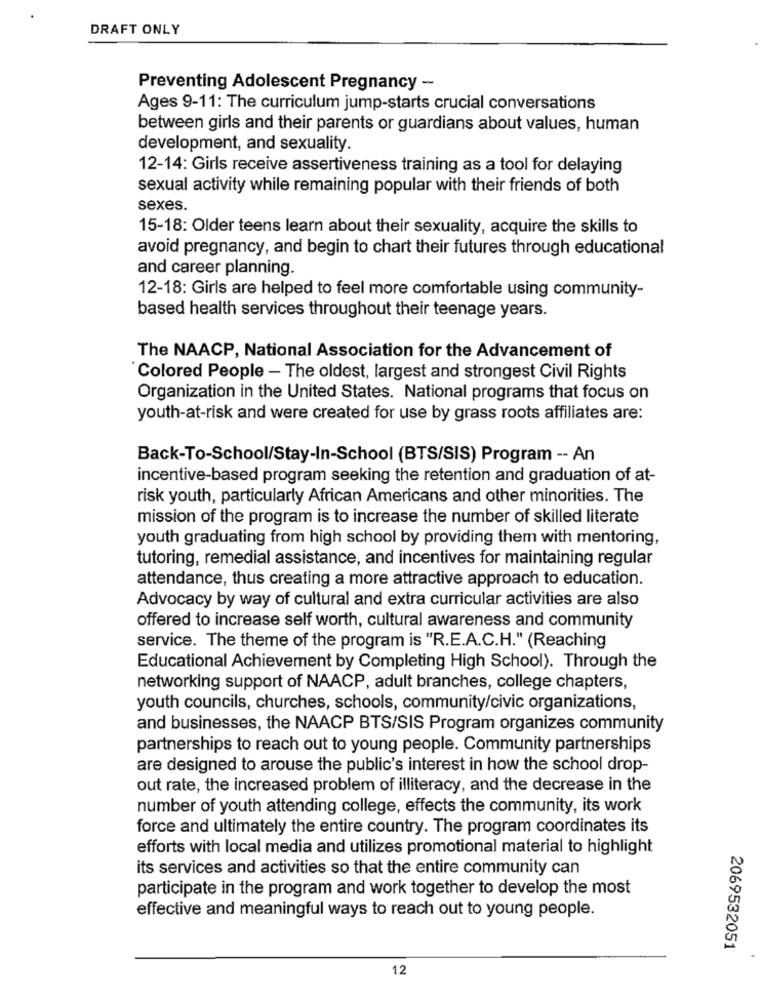
DRAFT ONLY
Preventing Adolescent Pregnancy -
Ages 9-11: The curriculum jump-starts crucial conversations
between girls and their parents or guardians about values, human
development, and sexuality.
12-14: Girls receive assertiveness training as a tool for delaying
sexual activity while remaining popular with their friends of both
sexes.
15-18: Older teens learn about their sexuality, acquire the skills to
avoid pregnancy, and begin to chart their futures through educational
and career planning.
12-18: Girls are helped to feel more comfortable using community-
based health services throughout their teenage years.
The NAACP, National Association for the Advancement of
Colored People - The oldest, largest and strongest Civil Rights
Organization in the United States. National programs that focus on
youth-at-risk and were created for use by grass roots affiliates are:
Back-To-School/Stay-In-School (BTS/SIS) Program -- An
incentive-based program seeking the retention and graduation of at-
risk youth, particularly African Americans and other minorities. The
mission of the program is to increase the number of skilled literate
youth graduating from high school by providing them with mentoring,
tutoring, remedial assistance, and incentives for maintaining regular
attendance, thus creating a more attractive approach to education.
Advocacy by way of cultural and extra curricular activities are also
offered to increase self worth, cultural awareness and community
service. The theme of the program is "R.E.A.C.H." (Reaching
Educational Achievement by Completing High School). Through the
networking support of NAACP, adult branches, college chapters,
youth councils, churches, schools, community/civic organizations,
and businesses, the NAACP BTS/SIS Program organizes community
partnerships to reach out to young people. Community partnerships
are designed to arouse the public's interest in how the school drop-
out rate, the increased problem of illiteracy, and the decrease in the
number of youth attending college, effects the community, its work
force and ultimately the entire country. The program coordinates its
efforts with local media and utilizes promotional material to highlight
its services and activities so that the entire community can
participate in the program and work together to develop the most
effective and meaningful ways to reach out to young people.
2069532051
12